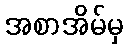
အစာအိမ်မှ